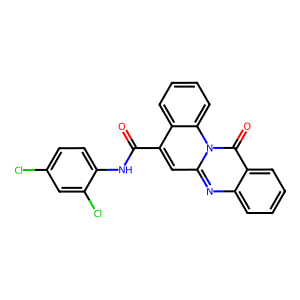
SMILES: O=C(Nc1ccc(Cl)cc1Cl)c1cc2nc3ccccc3c(=O)n2c2ccccc12
Inhibits HIV replication: No